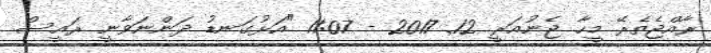
ރާއްޖެތެރޭ މީހާ ޖެނުއަރީ 12